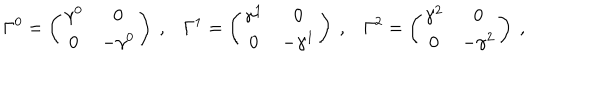
\Gamma ^ { 0 } = \left( \begin{matrix} { { \gamma ^ { 0 } } } & { { 0 } } \\ { { 0 } } & { { - \gamma ^ { 0 } } } \\ \end{matrix} \right) \ , \Gamma ^ { 1 } = \left( \begin{matrix} { { \gamma ^ { 1 } } } & { { 0 } } \\ { { 0 } } & { { - \gamma ^ { 1 } } } \\ \end{matrix} \right) \ , \Gamma ^ { 2 } = \left( \begin{matrix} { { \gamma ^ { 2 } } } & { { 0 } } \\ { { 0 } } & { { - \gamma ^ { 2 } } } \\ \end{matrix} \right) \ ,